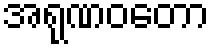
အရုဏဝတော